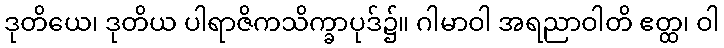
ဒုတိယေ၊ ဒုတိယ ပါရာဇိကသိက္ခာပုဒ်၌။ ဂါမာဝါ အရညာဝါတိ ဧတ္ထ၊ ဝါ